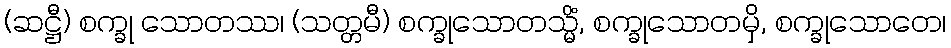
(ဆဋ္ဌီ) စက္ခု သောတဿ၊ (သတ္တမီ) စက္ခုသောတသ္မိံ, စက္ခုသောတမှိ, စက္ခုသောတေ၊